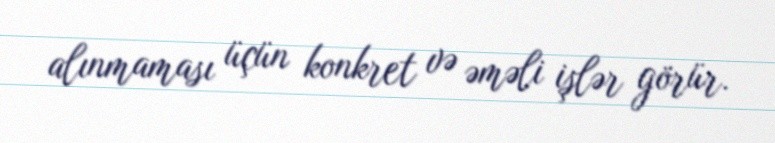
alınmaması üçün konkret və əməli işlər görür.